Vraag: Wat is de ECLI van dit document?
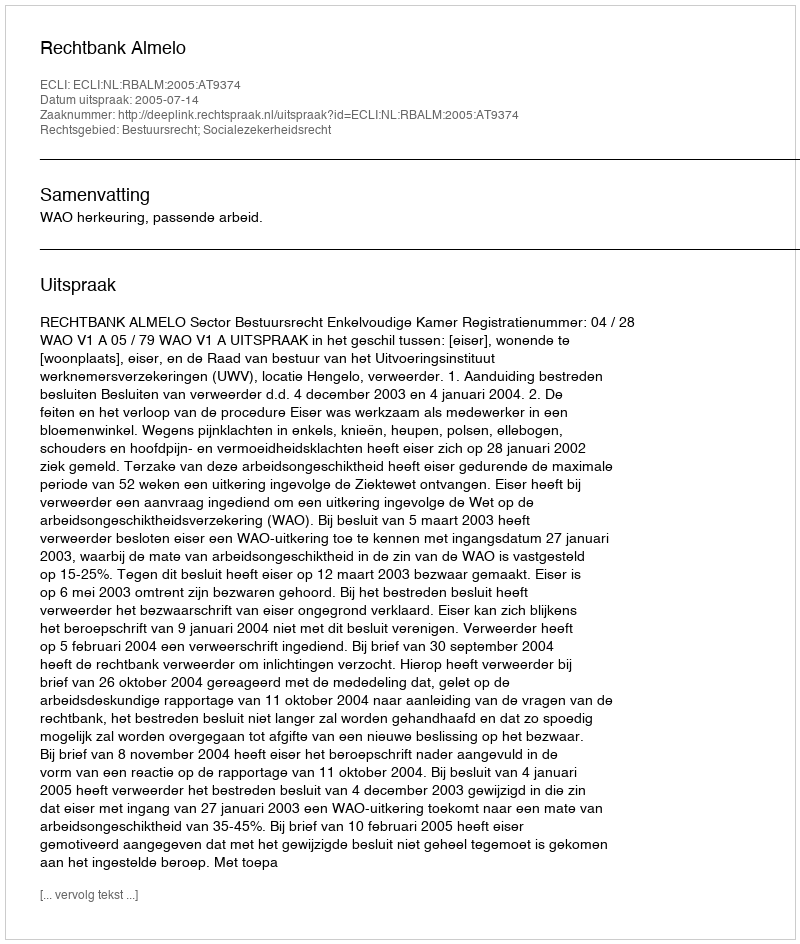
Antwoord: ECLI:NL:RBALM:2005:AT9374